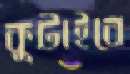
কুটাইবে